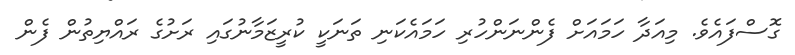
ގޮސްފައެވެ. މިއަދާ ހަމައަށް ފެންނަންހުރި ހަމައެކަނި ތަނަކީ ކުރީޒަމާނުގައި ރަށުގެ ރައްޔިތުން ފެން